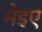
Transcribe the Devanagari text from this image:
मेइए